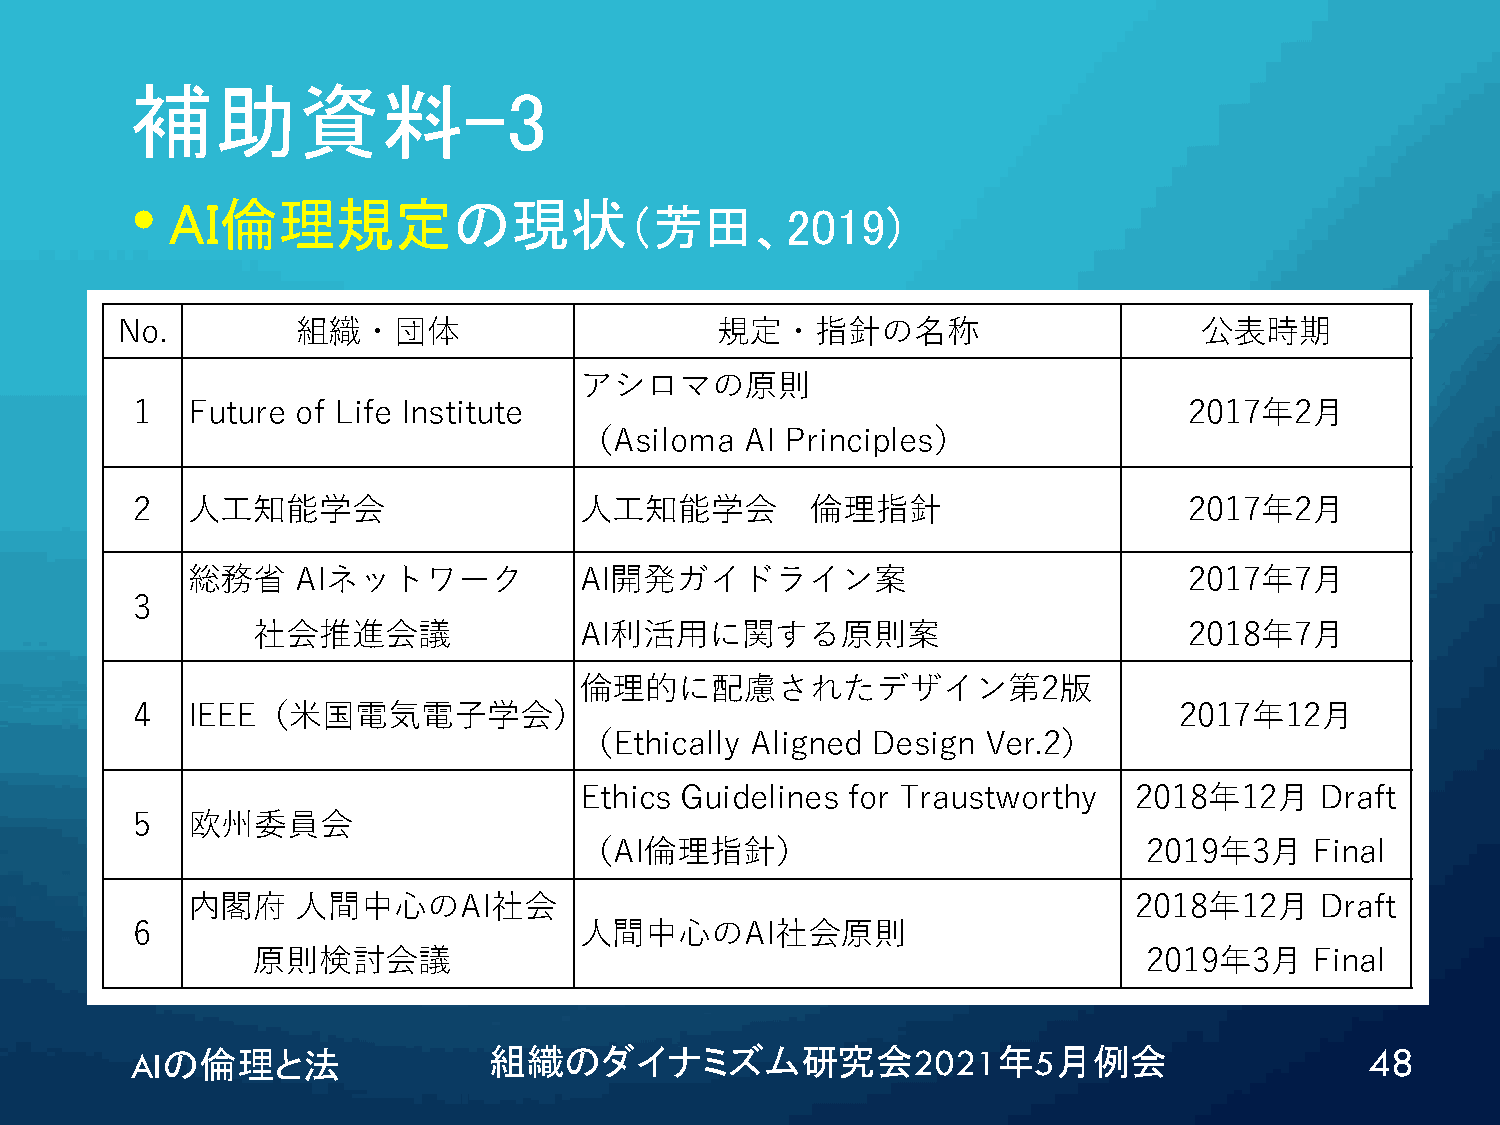
補助資料-3
 •
 AI倫理規定の現状
 （芳田、2019)
 No.         組織・団体                      規定・指針の名称                        公表時期
 アシロマの原則
 1  Future  of Life Institute                                          2017年2月
 （Asiloma   AI Principles）
 2  人工知能学会                    人工知能学会          倫理指針                     2017年2月
 総務省     AIネットワーク          AI開発ガイドライン案                              2017年7月
 3
 社会推進会議               AI利活用に関する原則案                             2018年7月
 倫理的に配慮されたデザイン第2版
 4  IEEE（米国電気電子学会）                                                    2017年12月
 （Ethically  Aligned Design Ver.2）
 Ethics Guidelines for Traustworthy   2018年12月    Draft
 5  欧州委員会
 （AI倫理指針）                              2019年3月    Final
 内閣府     人間中心のAI社会                                              2018年12月    Draft
 6                            人間中心のAI社会原則
 原則検討会議                                                     2019年3月    Final
 AIの倫理と法                組織のダイナミズム研究会2021年5月例会                                      48